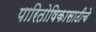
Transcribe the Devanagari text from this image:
पारितोषिकासाठीचे